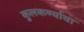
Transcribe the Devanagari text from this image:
कुलकर्ण्याचा